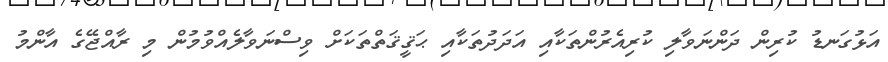
އަޅުގަނޑު ކުރިން ދަންނަވާލި ކުރިއެރުންތަކާއި އަދަދުތަކާއި ޙަޤީޤަތްތަކަށް ވިސްނަވާލެއްވުމުން މި ރާއްޖޭގެ އާންމު